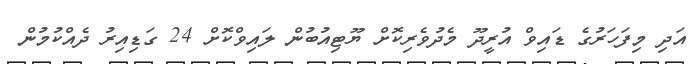
އަދި މިފަހަރުގެ ޑައިވް އުރީދޫ މެދުވެރިކޮށް ޔޫޓިއުބުން ލައިވްކޮށް 24 ގަޑިއިރު ދެއްކުމުން